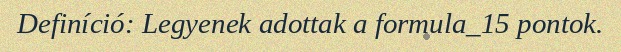
Definíció: Legyenek adottak a formula_15 pontok.